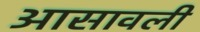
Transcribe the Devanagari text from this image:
आसावली